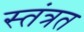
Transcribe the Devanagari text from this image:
स्तंत्रत